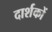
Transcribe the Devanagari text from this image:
दार्शकों